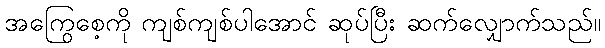
အကြွေစေ့ကို ကျစ်ကျစ်ပါအောင် ဆုပ်ပြီး ဆက်လျှောက်သည်။